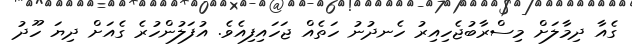
ގެއާ ދިމާލަށް މިސްރާބުޖެހިއިރު ހެނދުނު ހަތެއް ޖަހައިފިއެވެ. އުފަލުންހުރެ ގެއަށް ދިޔަ ހޫދު